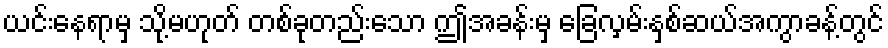
ယင်းနေရာမှ သို့မဟုတ် တစ်ခုတည်းသော ဤအခန်းမှ ခြေလှမ်းနှစ်ဆယ်အကွာခန့်တွင်